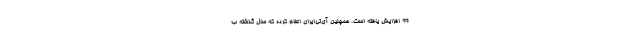
۹۹ افزایش یافته است. همچنین آی‌تی‌ایران اعلام کرده که سال گذشته ب